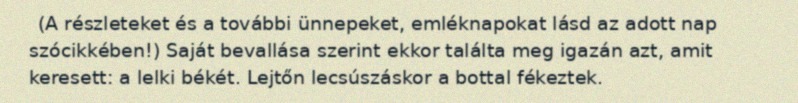
(A részleteket és a további ünnepeket, emléknapokat lásd az adott nap szócikkében!) Saját bevallása szerint ekkor találta meg igazán azt, amit keresett: a lelki békét. Lejtőn lecsúszáskor a bottal fékeztek.